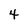
Character: 4